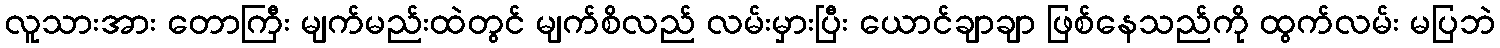
လူသားအား တောကြီး မျက်မည်းထဲတွင် မျက်စိလည် လမ်းမှားပြီး ယောင်ချာချာ ဖြစ်နေသည်ကို ထွက်လမ်း မပြဘဲ